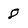
Character: 8